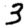
Digit: 3